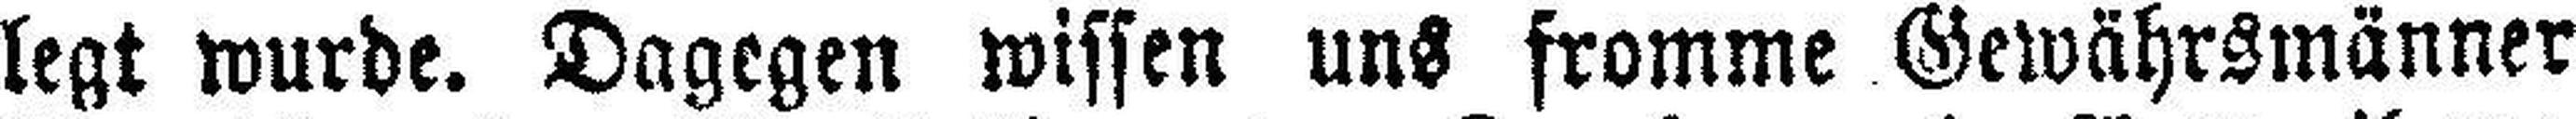
legt wurde. Dagegen wissen uns fromme Gewährsmänner